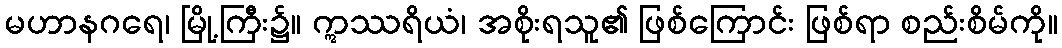
မဟာနဂရေ၊ မြို့ကြီး၌။ ဣဿရိယံ၊ အစိုးရသူ၏ ဖြစ်ကြောင်း ဖြစ်ရာ စည်းစိမ်ကို။